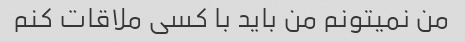
من نمیتونم من باید با کسی ملاقات کنم